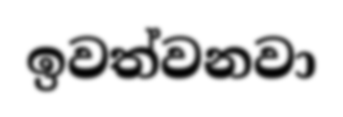
ඉවත්වනවා